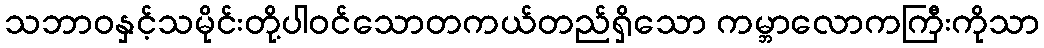
သဘာဝနှင့်သမိုင်းတို့ပါဝင်သောတကယ်တည်ရှိသော ကမ္ဘာလောကကြီးကိုသာ